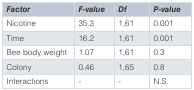
| Factor | F-value | Df | P-value |
 | --- | --- | --- | --- |
 | Nicotine | 35.3 | 1,61 | 0.001 |
 | Time | 16.2 | 1,61 | 0.001 |
 | Bee body weight | 1.07 | 1,61 | 0.3 |
 | Colony | 0.46 | 1,65 | 0.8 |
 | Interactions | - | - | N.S. |